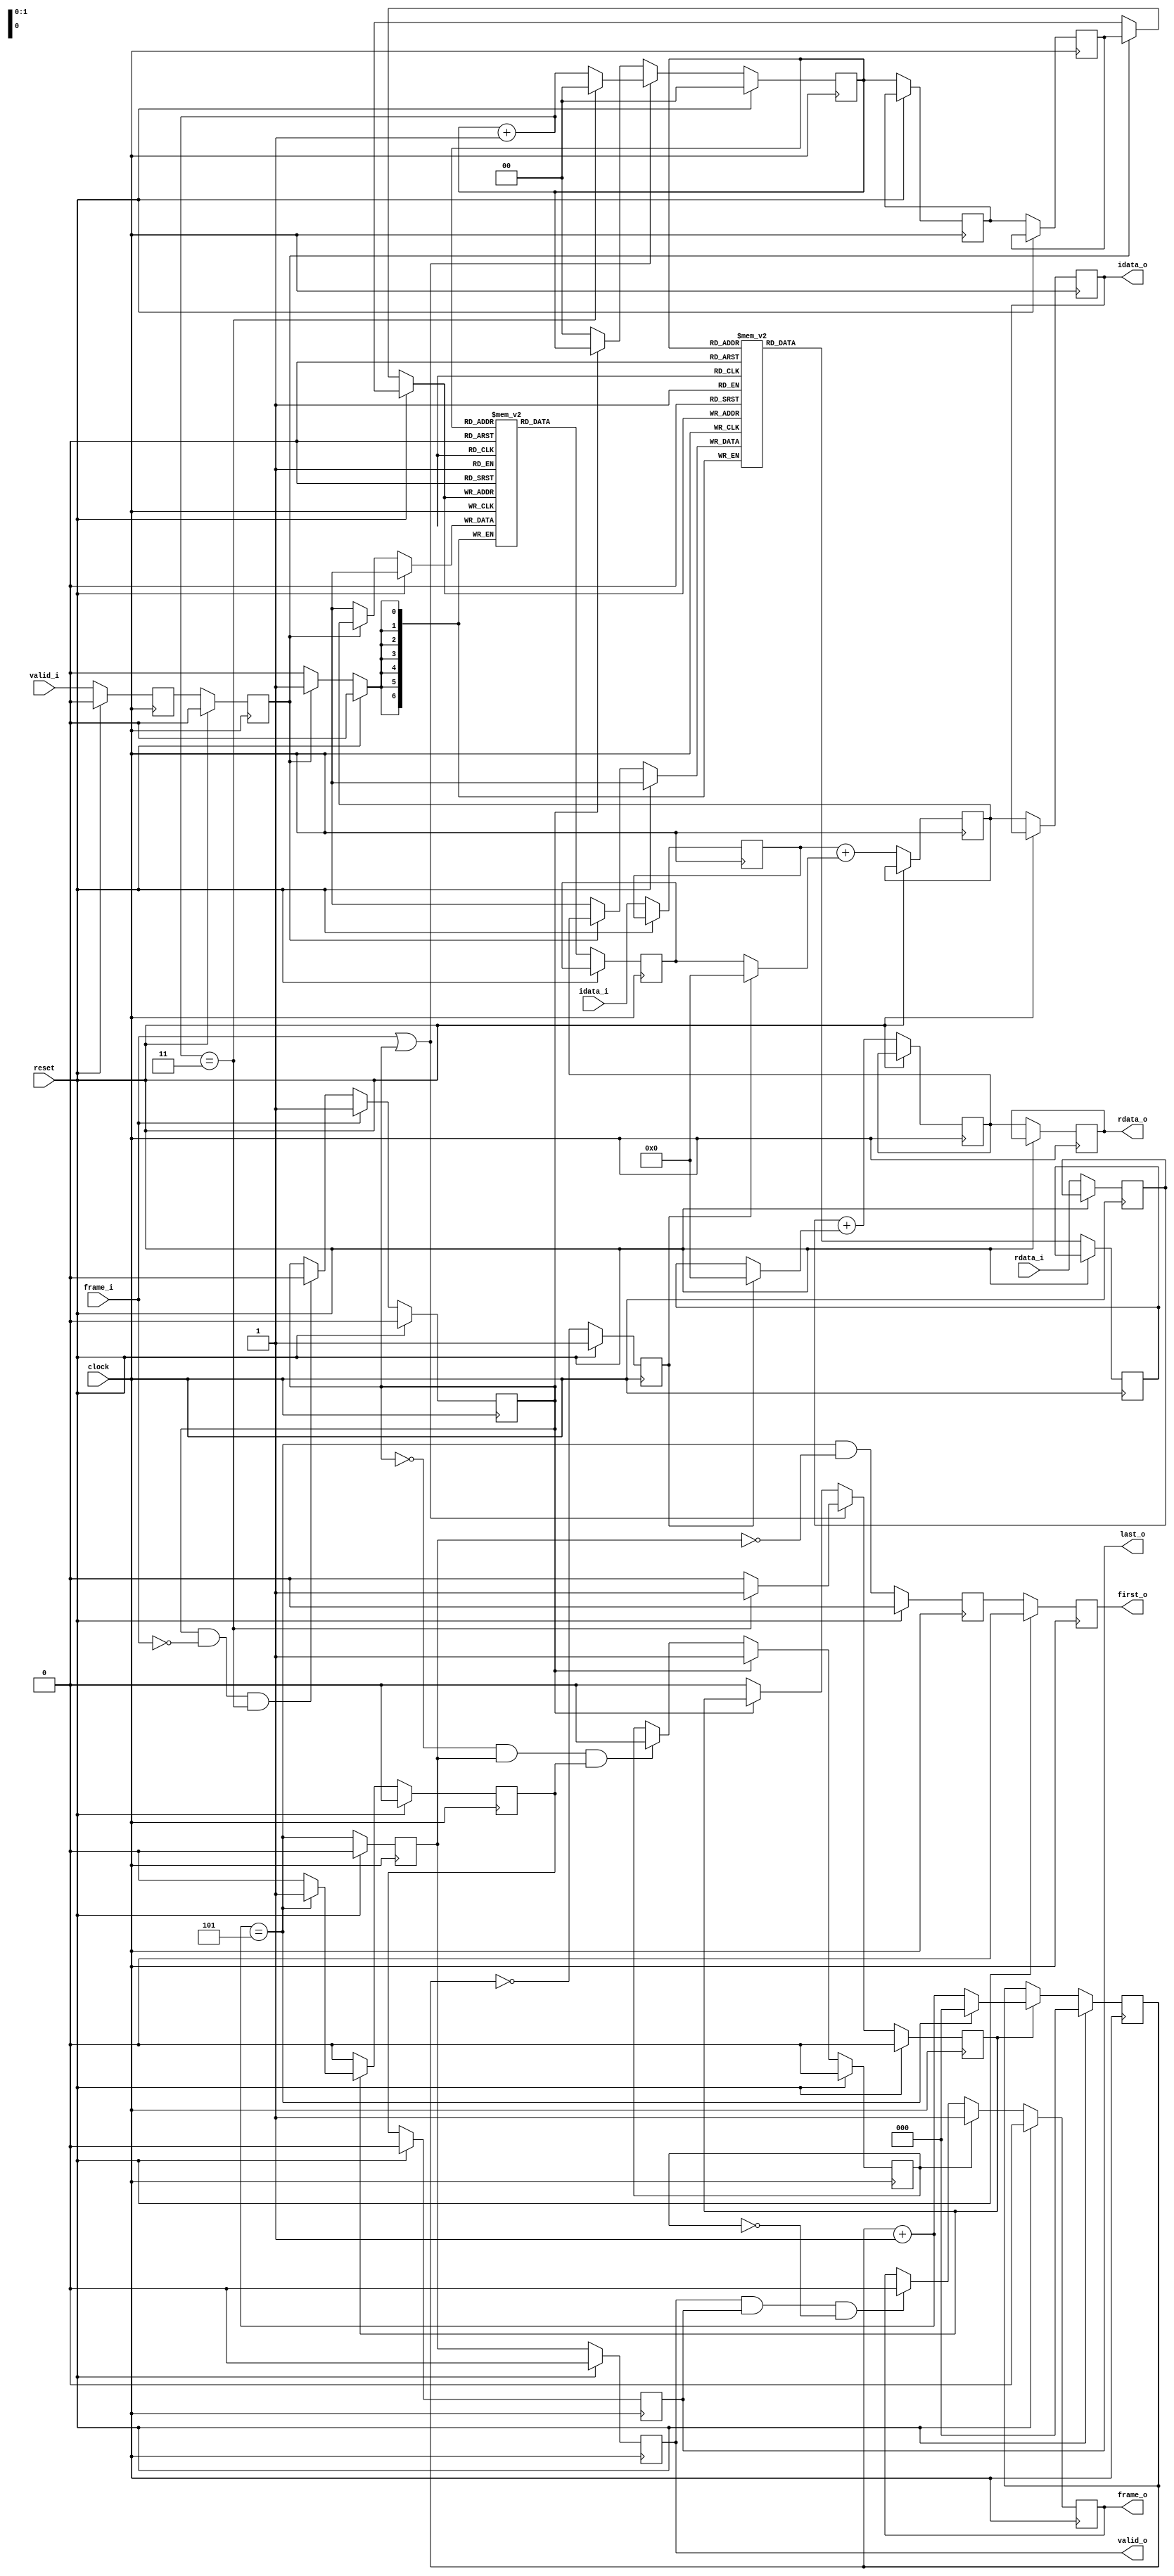
module visaccum #(
    // Input bit-width
    parameter  integer IBITS = 4,
    localparam integer ISB   = IBITS - 1,

    // Output bit-width
    parameter  integer OBITS = 7,
    localparam integer OSB   = OBITS - 1,

    // Number of partial-sums to loop over
    parameter  integer PSUMS = 3,
    localparam integer PBITS = $clog2(PSUMS),
    localparam integer PSB   = PBITS - 1,

    // Number of times to accumulate each partial sum
    parameter  integer COUNT = 5,
    localparam integer CBITS = $clog2(COUNT),
    localparam integer CSB   = CBITS - 1
) (
    input clock,
    input reset,

    input frame_i,
    input valid_i,
    input [ISB:0] rdata_i,
    input [ISB:0] idata_i,

    // AX4-Stream like interface, but with no backpressure
    output frame_o,
    output valid_o,
    output first_o,
    output last_o,
    output [OSB:0] rdata_o,
    output [OSB:0] idata_o
);

  reg [OSB:0] rsram[PSUMS];
  reg [OSB:0] isram[PSUMS];

  reg [CSB:0] count;
  reg czero;
  wire [CSB:0] cnext = count + 1;
  wire cwrap = cnext == COUNT;


  // -- Read cycle -- //

  localparam [PSB:0] PZERO = {PBITS{1'b0}};

  reg rd_cyc, rd_vld;
  reg pwrap;
  reg [ISB:0] rr_src, ri_src;
  reg [OSB:0] rr_sum, ri_sum;
  reg  [PSB:0] rd_adr;
  wire [PSB:0] rd_nxt = rd_adr + 1;

  always @(posedge clock) begin
    if (reset) begin
      rd_cyc <= 1'b0;
      rd_vld <= 1'b0;
      rd_adr <= PZERO;
      pwrap  <= 1'b0;
    end else begin
      if (frame_i) begin
        rd_cyc <= 1'b1;
      end else if (rd_cyc && !frame_i && rd_nxt == PSUMS) begin
        rd_cyc <= 1'b0;
      end
      rd_vld <= valid_i;

      rr_src <= rdata_i;
      ri_src <= idata_i;

      rr_sum <= rsram[rd_adr];
      ri_sum <= isram[rd_adr];

      if (frame_i || rd_cyc) begin
        if (rd_nxt == PSUMS) begin
          rd_adr <= PZERO;
          pwrap  <= 1'b1;
        end else begin
          rd_adr <= rd_nxt;
          pwrap  <= 1'b0;
        end
      end else if (!rd_cyc) begin
        rd_adr <= PZERO;
        pwrap  <= 1'b0;
      end
    end
  end


  // -- Accumulator -- //

  localparam [CSB:0] CZERO = {CBITS{1'b0}};
  localparam [CSB:0] OZERO = {OBITS{1'b0}};

  reg ac_cyc, ac_vld, ac_fst, ac_lst, wr_en;
  reg [OSB:0] ar_sum, ai_sum;
  reg  [PSB:0] ac_adr;

  wire [OSB:0] ar_src = czero ? OZERO : rr_sum;
  wire [OSB:0] ai_src = czero ? OZERO : ri_sum;

  always @(posedge clock) begin
    if (reset) begin
      ac_cyc <= 1'b0;
    end else if (rd_cyc) begin
      ac_cyc <= 1'b1;
    end else if (!rd_cyc && ac_vld && ac_lst) begin
      ac_cyc <= 1'b0;
    end
  end

  always @(posedge clock) begin
    if (reset) begin
      ac_vld <= 1'b0;
      ac_fst <= 1'b0;
      ac_lst <= 1'b0;

      count  <= CZERO;
      czero  <= 1'b1;
      wr_en  <= 1'b0;
    end else begin
      wr_en  <= rd_vld;
      ar_sum <= rr_src + ar_src;
      ai_sum <= ri_src + ai_src;

      ac_vld <= cwrap;
      ac_fst <= cwrap & ~ac_vld;
      ac_adr <= rd_adr;

      czero  <= count == CZERO;

      if (pwrap) begin
        if (cwrap) begin
          count  <= CZERO;
          ac_lst <= 1'b1;
        end else begin
          count  <= cnext;
          ac_lst <= 1'b0;
        end
      end else begin
        ac_lst <= 1'b0;
      end
    end
  end


  // -- Write cycle -- //

  reg wr_cyc, wr_vld, wr_fst, wr_lst;
  reg [OSB:0] wr_dat, wi_dat;
  reg [PSB:0] wr_adr;

  assign frame_o = wr_cyc;
  assign valid_o = wr_vld;
  assign first_o = wr_fst;
  assign last_o  = wr_lst;
  assign rdata_o = wr_dat;
  assign idata_o = wi_dat;

  always @(posedge clock) begin
    if (reset) begin
      wr_cyc <= 1'b0;
    end else if (ac_cyc) begin
      wr_cyc <= 1'b1;
    end else if (wr_vld && wr_lst && !ac_cyc) begin
      wr_cyc <= 1'b0;
    end
  end

  always @(posedge clock) begin
    if (reset) begin
      wr_vld <= 1'b0;
      wr_fst <= 1'b0;
      wr_lst <= 1'b0;
    end else begin
      wr_adr <= ac_adr;

      if (wr_en) begin
        rsram[wr_adr] <= ar_sum;
        isram[wr_adr] <= ai_sum;
      end

      // Output the partial visibilities
      wr_vld <= ac_vld;
      wr_fst <= ac_fst;
      wr_lst <= ac_lst;

      wr_dat <= ar_sum;
      wi_dat <= ai_sum;
    end
  end

endmodule